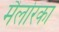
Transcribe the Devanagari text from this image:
मैलोरका